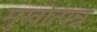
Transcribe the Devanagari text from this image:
मुखोत्पन्न